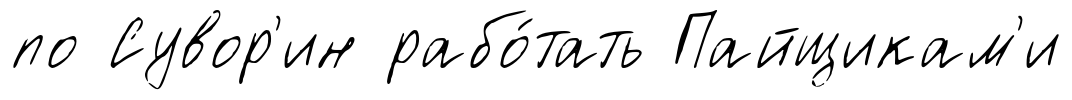
по Сувор'ин рабо́тать Пайщикам'и